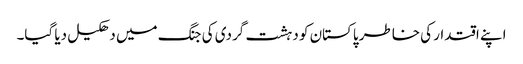
اپنے اقتدار کی خاطر پاکستان کو دہشت گردی کی جنگ میں دھکیل دیا گیا۔